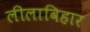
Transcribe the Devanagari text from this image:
लीलाविहार